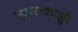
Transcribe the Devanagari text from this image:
स्फुरत्काञ्ची